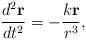
LaTeX: \begin{align*}\frac{d^2 {\bf r}}{d t^2} = - \frac{k{\bf r}}{r^3},\end{align*}